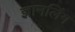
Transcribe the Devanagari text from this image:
ज्ञानलिंग